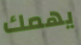
يهمك